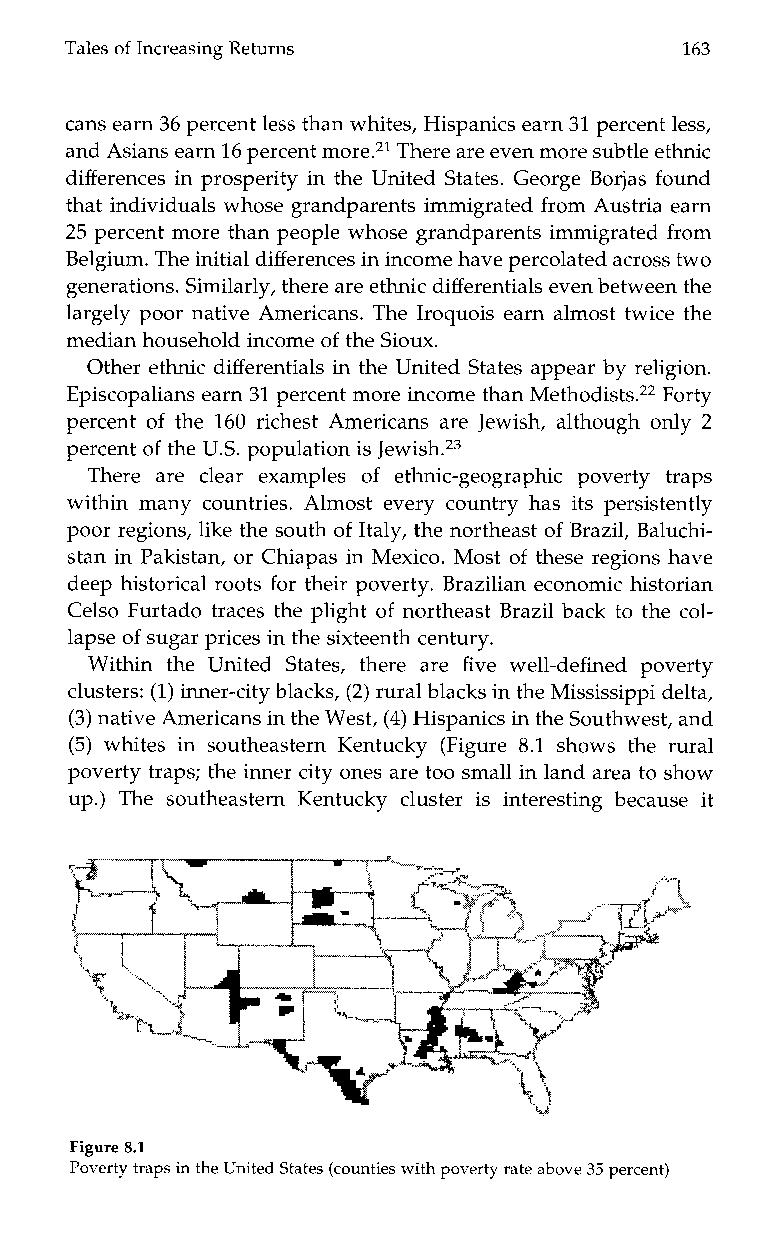
RetTuarnless of Increasing                 163
 cans earn 36 percent less than whites, Hispanics earn 31 percent less,
 and Asians earn 16 percenmt ore.21T here are even more subtle ethnic
 differences in prosperity in the United States. George Borjas found
 that individuals whose grandparents immigrated from Austria earn
 25 percent more than people whose grandparents immigrated from
 Belgium. The initial differences in income have percolated across two
 generations. Similarly, there are ethnicd ifferentials even between the
 largely poor native Americans. The Iroquois earn almost twice the
 median household income of the Sioux.
 Other ethnic differentials in the United States appear by religion.
 Episcopalians earn 31 percent more income than Methodists.22F orty
 percent of the 160 richest Americans are Jewish, although only 2
 percent of the US. population is Jewish.23
 There are clear examples of ethnic-geographicp overtyt r aps
 within many countries. Almost every country has its persistently
 poor regions, like the south of Italy, the northeast of Brazil, Baluchi-
 stan in Pakistan, or Chiapas in Mexico. Most of these regions have
 deep historical roots for their poverty. Brazilian economic historian
 Celso Furtado traces the plight of northeast Brazil back to the col-
 lapse of sugar prices in the sixteenth century.
 Within theU nited States, there are five well-defined poverty
 clusters: (1)i nner-city blacks, (2) rural blacks in theM ississippi delta,
 (3) native Americans in theW est, (4) Hispanics in the Southwesta, nd
 (5) whitesi ns outheastern Kentucky (Figure8 .1s howst her ural
 poverty traps; the inner city ones are too small in land areat o show
 up.) The southeastern Kentucky cluster isi nterestingb ecause it
 Figure 8.1
 Poverty traps in the UnitedS tates (counties with poverty rate above3 5 percent)